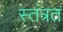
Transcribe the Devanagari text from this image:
स्तंत्रत